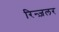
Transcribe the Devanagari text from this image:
रिन्ज़लर